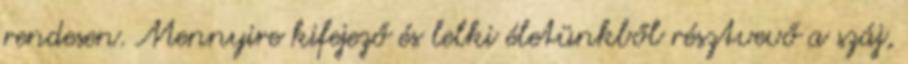
rendesen. Mennyire kifejező és lelki életünkből résztvevő a száj,